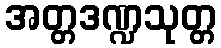
အတ္တဒဏ္ဍသုတ္တ